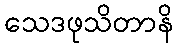
သေဒဖုသိတာနိ